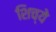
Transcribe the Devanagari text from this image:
शिच्ये